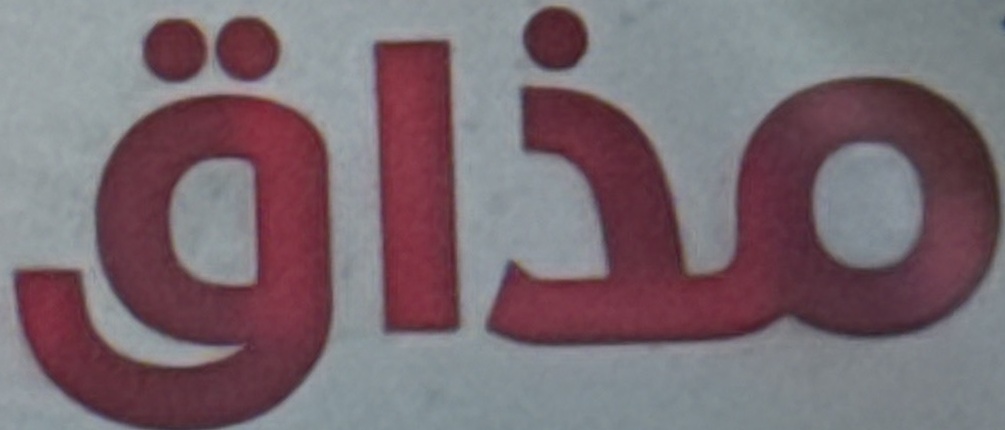
مذاق